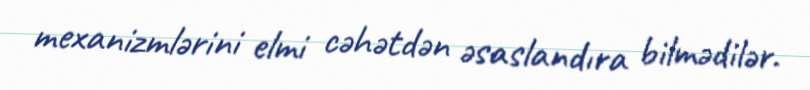
mexanizmlərini elmi cəhətdən əsaslandıra bilmədilər.